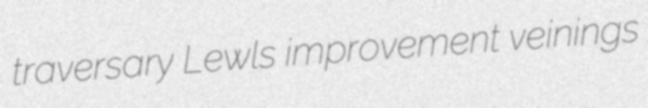
traversary Lewls improvement veinings